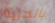
بالحرية